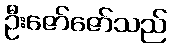
ဦးဇော်ဇော်သည်